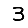
Digit: 3